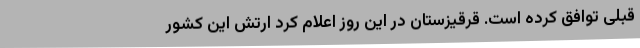
قبلی توافق کرده است. قرقیزستان در این روز اعلام کرد ارتش این کشور